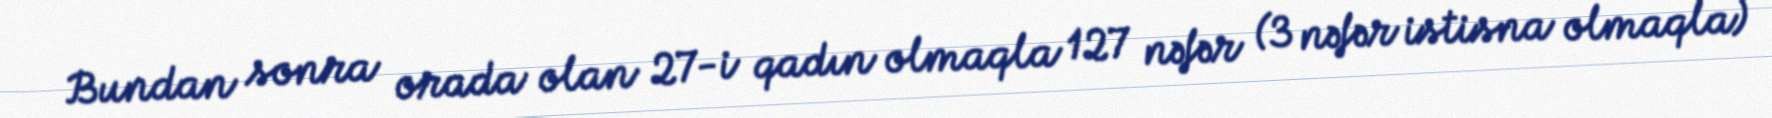
Bundan sonra orada olan 27-i qadın olmaqla 127 nəfər (3 nəfər istisna olmaqla)